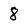
Character: 8